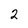
Character: 2